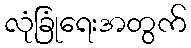
လုံခြုံရေးအတွက်